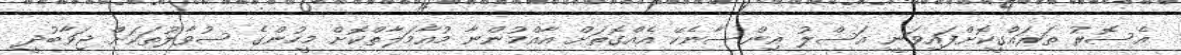
އެސޮރު ތަރައްގީކޮށްފައިވަނީ އަސްލު އިންސާނެކޭ އެއްގޮތަށް އާއްމުންނާ މުއާމަލާތްކޮށް މީހުންގެ ސުވާލުތަކަށް ޖަވާބުދީ